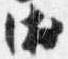
衛